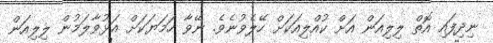
ނިދިފައި އޮތް ލިލިއަން އަށް ކުއްލިއަކަށް ހޭލެވުނެވެ. ނޭވާ ހަމަޔަކަށް އަޅުވާލަމުން ލިލިއަން